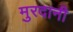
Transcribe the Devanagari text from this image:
मुरदानी